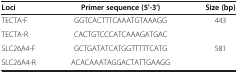
| Loci | Primer sequence (5'-3') | Size (bp) |
 | --- | --- | --- |
 | TECTA-F | GGTCACTTTCAAATGTAAAGG | 443 |
 | TECTA-R | CACTGTCCCATCAAAGATGAC |  |
 | SLC26A4-F | GCTGATATCATGGTTTTTCATG | 581 |
 | SLC26A4-R | ACACAAATAGGACTATTGAAGG |  |